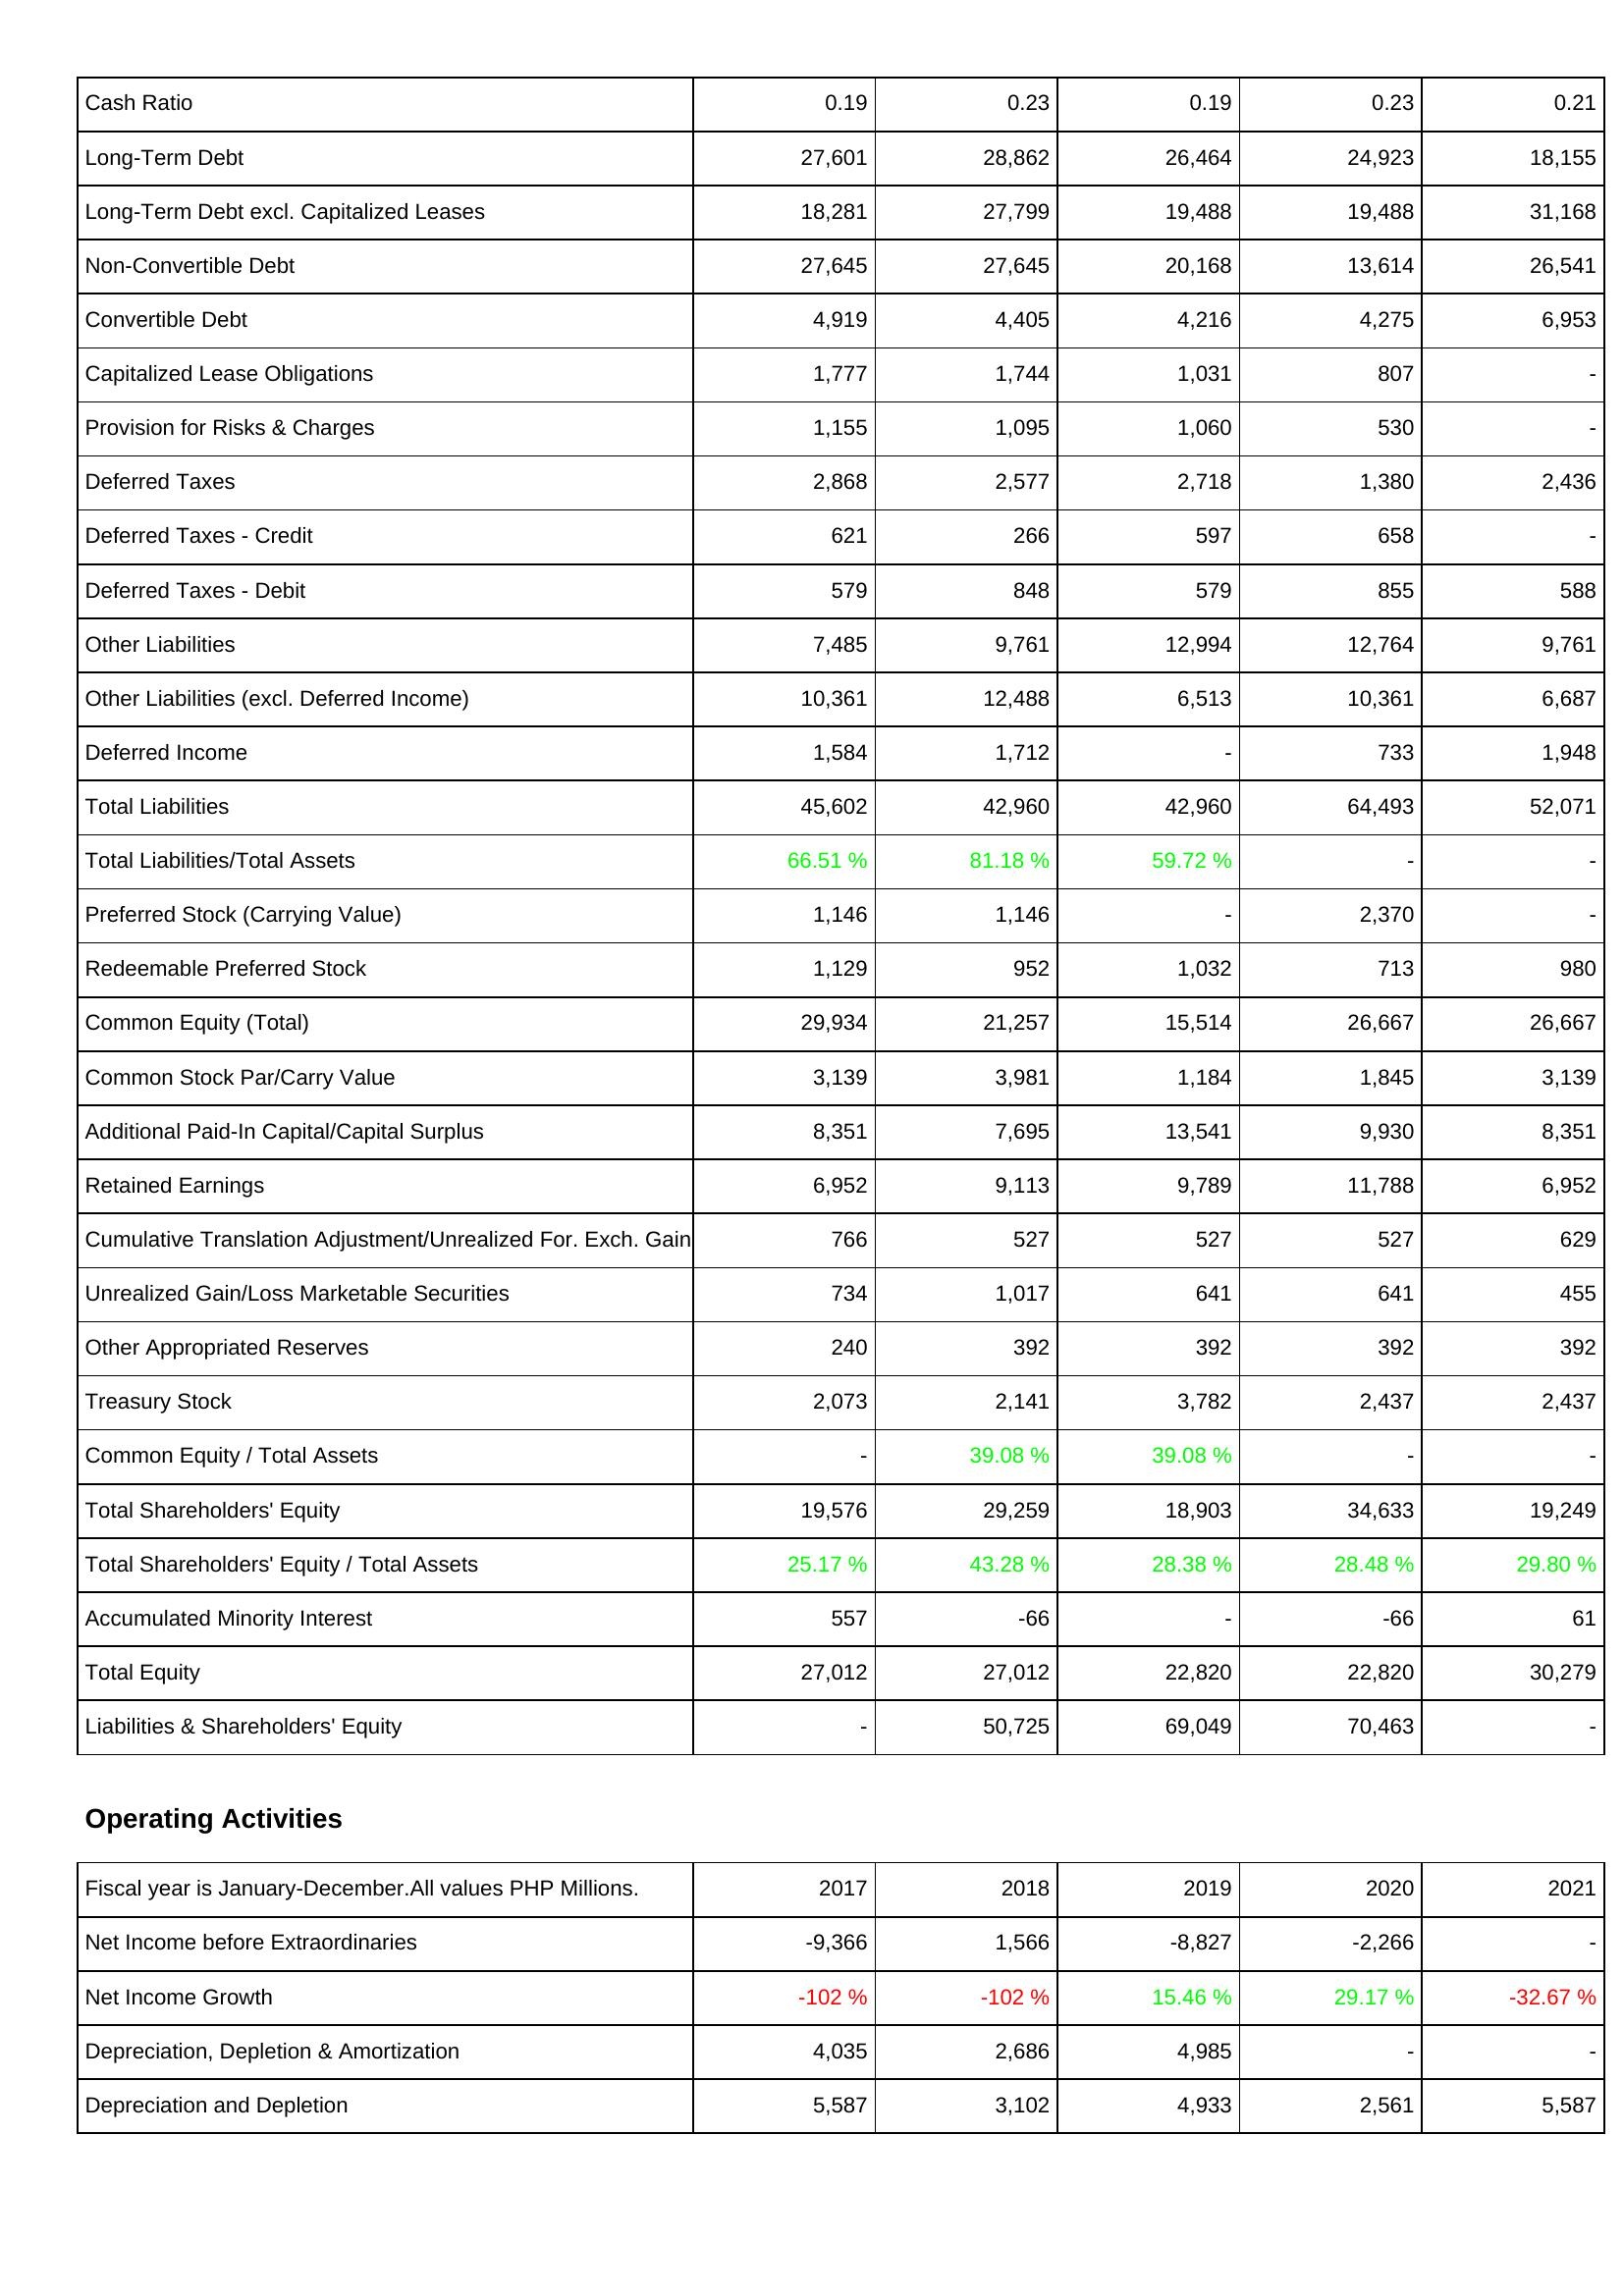
2017: Liabilities & Shareholders' Equity: Cash Ratio: 0.19
Long-Term Debt: 27,601
Long-Term Debt excl. Capitalized Leases: 18,281
Non-Convertible Debt: 27,645
Convertible Debt: 4,919
Capitalized Lease Obligations: 1,777
Provision for Risks & Charges: 1,155
Deferred Taxes: 2,868
Deferred Taxes - Credit: 621
Deferred Taxes - Debit: 579
Other Liabilities: 7,485
Other Liabilities (excl. Deferred Income): 10,361
Deferred Income: 1,584
Total Liabilities: 45,602
Total Liabilities/Total Assets: 66.51 %
Preferred Stock (Carrying Value): 1,146
Redeemable Preferred Stock: 1,129
Common Equity (Total): 29,934
Common Stock Par/Carry Value: 3,139
Additional Paid-In Capital/Capital Surplus: 8,351
Retained Earnings: 6,952
Cumulative Translation Adjustment/Unrealized For. Exch. Gain: 766
Unrealized Gain/Loss Marketable Securities: 734
Other Appropriated Reserves: 240
Treasury Stock: 2,073
Common Equity / Total Assets: -
Total Shareholders' Equity: 19,576
Total Shareholders' Equity / Total Assets: 25.17 %
Accumulated Minority Interest: 557
Total Equity: 27,012
Liabilities & Shareholders' Equity: -
Operating Activities: Net Income before Extraordinaries: -9,366
Net Income Growth: -102 %
Depreciation, Depletion & Amortization: 4,035
Depreciation and Depletion: 5,587
2018: Liabilities & Shareholders' Equity: Cash Ratio: 0.23
Long-Term Debt: 28,862
Long-Term Debt excl. Capitalized Leases: 27,799
Non-Convertible Debt: 27,645
Convertible Debt: 4,405
Capitalized Lease Obligations: 1,744
Provision for Risks & Charges: 1,095
Deferred Taxes: 2,577
Deferred Taxes - Credit: 266
Deferred Taxes - Debit: 848
Other Liabilities: 9,761
Other Liabilities (excl. Deferred Income): 12,488
Deferred Income: 1,712
Total Liabilities: 42,960
Total Liabilities/Total Assets: 81.18 %
Preferred Stock (Carrying Value): 1,146
Redeemable Preferred Stock: 952
Common Equity (Total): 21,257
Common Stock Par/Carry Value: 3,981
Additional Paid-In Capital/Capital Surplus: 7,695
Retained Earnings: 9,113
Cumulative Translation Adjustment/Unrealized For. Exch. Gain: 527
Unrealized Gain/Loss Marketable Securities: 1,017
Other Appropriated Reserves: 392
Treasury Stock: 2,141
Common Equity / Total Assets: 39.08 %
Total Shareholders' Equity: 29,259
Total Shareholders' Equity / Total Assets: 43.28 %
Accumulated Minority Interest: -66
Total Equity: 27,012
Liabilities & Shareholders' Equity: 50,725
Operating Activities: Net Income before Extraordinaries: 1,566
Net Income Growth: -102 %
Depreciation, Depletion & Amortization: 2,686
Depreciation and Depletion: 3,102
2019: Liabilities & Shareholders' Equity: Cash Ratio: 0.19
Long-Term Debt: 26,464
Long-Term Debt excl. Capitalized Leases: 19,488
Non-Convertible Debt: 20,168
Convertible Debt: 4,216
Capitalized Lease Obligations: 1,031
Provision for Risks & Charges: 1,060
Deferred Taxes: 2,718
Deferred Taxes - Credit: 597
Deferred Taxes - Debit: 579
Other Liabilities: 12,994
Other Liabilities (excl. Deferred Income): 6,513
Deferred Income: -
Total Liabilities: 42,960
Total Liabilities/Total Assets: 59.72 %
Preferred Stock (Carrying Value): -
Redeemable Preferred Stock: 1,032
Common Equity (Total): 15,514
Common Stock Par/Carry Value: 1,184
Additional Paid-In Capital/Capital Surplus: 13,541
Retained Earnings: 9,789
Cumulative Translation Adjustment/Unrealized For. Exch. Gain: 527
Unrealized Gain/Loss Marketable Securities: 641
Other Appropriated Reserves: 392
Treasury Stock: 3,782
Common Equity / Total Assets: 39.08 %
Total Shareholders' Equity: 18,903
Total Shareholders' Equity / Total Assets: 28.38 %
Accumulated Minority Interest: -
Total Equity: 22,820
Liabilities & Shareholders' Equity: 69,049
Operating Activities: Net Income before Extraordinaries: -8,827
Net Income Growth: 15.46 %
Depreciation, Depletion & Amortization: 4,985
Depreciation and Depletion: 4,933
2020: Liabilities & Shareholders' Equity: Cash Ratio: 0.23
Long-Term Debt: 24,923
Long-Term Debt excl. Capitalized Leases: 19,488
Non-Convertible Debt: 13,614
Convertible Debt: 4,275
Capitalized Lease Obligations: 807
Provision for Risks & Charges: 530
Deferred Taxes: 1,380
Deferred Taxes - Credit: 658
Deferred Taxes - Debit: 855
Other Liabilities: 12,764
Other Liabilities (excl. Deferred Income): 10,361
Deferred Income: 733
Total Liabilities: 64,493
Total Liabilities/Total Assets: -
Preferred Stock (Carrying Value): 2,370
Redeemable Preferred Stock: 713
Common Equity (Total): 26,667
Common Stock Par/Carry Value: 1,845
Additional Paid-In Capital/Capital Surplus: 9,930
Retained Earnings: 11,788
Cumulative Translation Adjustment/Unrealized For. Exch. Gain: 527
Unrealized Gain/Loss Marketable Securities: 641
Other Appropriated Reserves: 392
Treasury Stock: 2,437
Common Equity / Total Assets: -
Total Shareholders' Equity: 34,633
Total Shareholders' Equity / Total Assets: 28.48 %
Accumulated Minority Interest: -66
Total Equity: 22,820
Liabilities & Shareholders' Equity: 70,463
Operating Activities: Net Income before Extraordinaries: -2,266
Net Income Growth: 29.17 %
Depreciation, Depletion & Amortization: -
Depreciation and Depletion: 2,561
2021: Liabilities & Shareholders' Equity: Cash Ratio: 0.21
Long-Term Debt: 18,155
Long-Term Debt excl. Capitalized Leases: 31,168
Non-Convertible Debt: 26,541
Convertible Debt: 6,953
Capitalized Lease Obligations: -
Provision for Risks & Charges: -
Deferred Taxes: 2,436
Deferred Taxes - Credit: -
Deferred Taxes - Debit: 588
Other Liabilities: 9,761
Other Liabilities (excl. Deferred Income): 6,687
Deferred Income: 1,948
Total Liabilities: 52,071
Total Liabilities/Total Assets: -
Preferred Stock (Carrying Value): -
Redeemable Preferred Stock: 980
Common Equity (Total): 26,667
Common Stock Par/Carry Value: 3,139
Additional Paid-In Capital/Capital Surplus: 8,351
Retained Earnings: 6,952
Cumulative Translation Adjustment/Unrealized For. Exch. Gain: 629
Unrealized Gain/Loss Marketable Securities: 455
Other Appropriated Reserves: 392
Treasury Stock: 2,437
Common Equity / Total Assets: -
Total Shareholders' Equity: 19,249
Total Shareholders' Equity / Total Assets: 29.80 %
Accumulated Minority Interest: 61
Total Equity: 30,279
Liabilities & Shareholders' Equity: -
Operating Activities: Net Income before Extraordinaries: -
Net Income Growth: -32.67 %
Depreciation, Depletion & Amortization: -
Depreciation and Depletion: 5,587